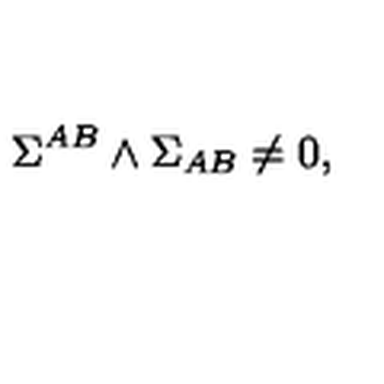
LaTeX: \Sigma ^ { A B } \wedge \Sigma _ { A B } \not = 0 , \label d